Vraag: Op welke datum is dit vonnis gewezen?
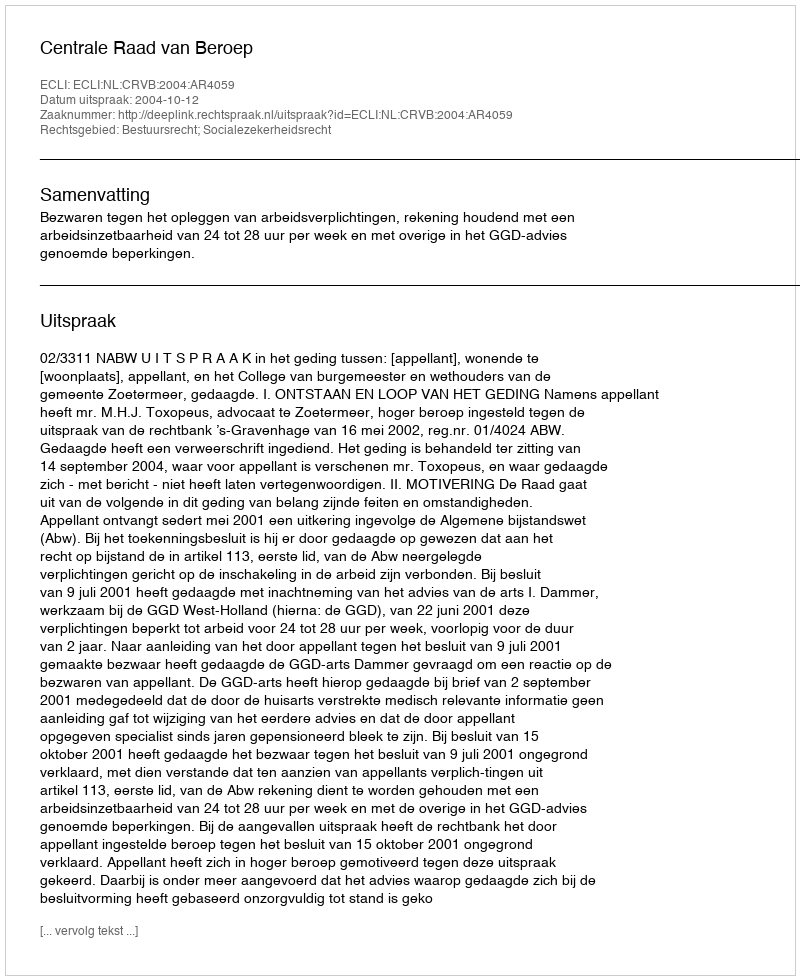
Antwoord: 2004-10-12